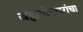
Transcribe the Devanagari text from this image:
जहागीरदारांचा